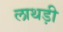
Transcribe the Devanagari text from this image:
लाथड़ी